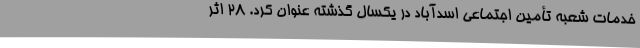
خدمات شعبه تأمین اجتماعی اسدآباد در یکسال گذشته عنوان کرد. 28 اثر